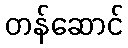
တန်ဆောင်